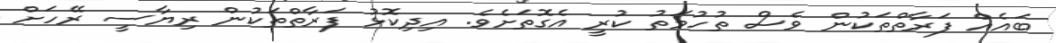
ބައެއް ފަރާތްތަކުން ވެސް ތުހުމަތު ކުރީ އެގޮތަށެވެ. އިދިކޮޅު ފަރާތްތަކުން ރިޔާސީ ރޭހަށް